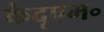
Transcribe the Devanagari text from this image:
केदृएम॰